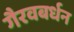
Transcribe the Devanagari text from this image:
गैरवबर्धन